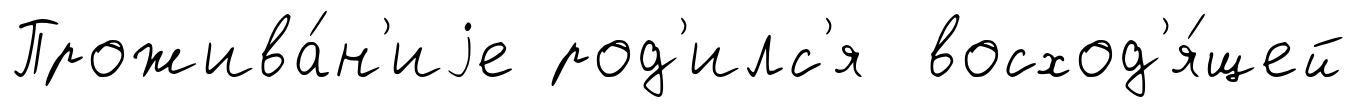
Прожива́н'иjе род'илс'я восход'я́щей